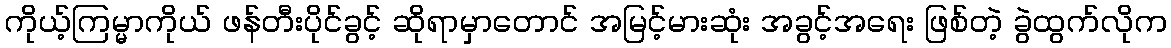
ကိုယ့်ကြမ္မာကိုယ် ဖန်တီးပိုင်ခွင့် ဆိုရာမှာတောင် အမြင့်မားဆုံး အခွင့်အရေး ဖြစ်တဲ့ ခွဲထွက်လိုက